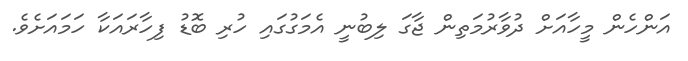
އަންހެން މީހާއަށް ދުވާރުމަތިން ޖާގަ ލިބުނީ އެމަގުގައި ހުރި ބޮޑު ފިހާރައަކާ ހަމައަށެވެ.